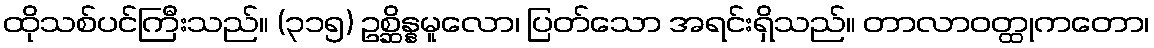
ထိုသစ်ပင်ကြီးသည်။ (၃၁၅) ဥစ္ဆိန္နမူလော၊ ပြတ်သော အရင်းရှိသည်။ တာလာဝတ္ထုကတော၊